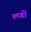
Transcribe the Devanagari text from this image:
ल्प्गों